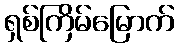
ရှစ်ကြိမ်မြောက်